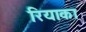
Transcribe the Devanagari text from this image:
रियाका